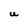
Character: U